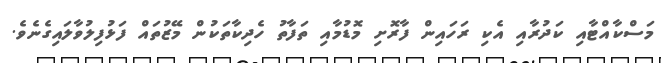
މަސްކާއްޓާއި ކަދުރާއި އެކި ރަހައިން ފާރޮށި މޮޑުމާއި ތަފާތު ހެދިކާތަކުން މޭޒުތައް ފަޅުފިލުވާލައިގެނެވެ.